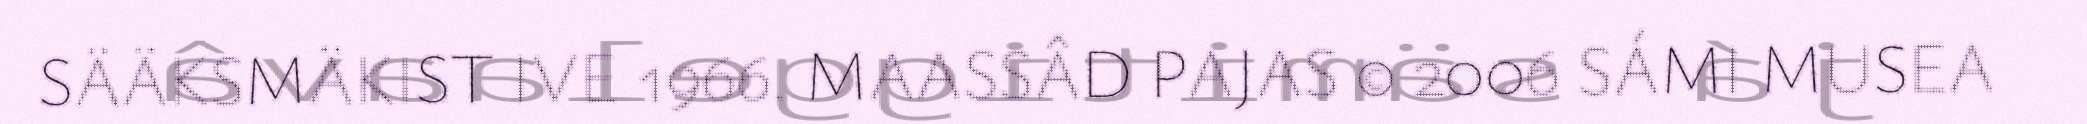
SÄÄKSMÄKIST IVE 1966. MAASSÂD PAJAS © 2006 SÁMI MUSEA